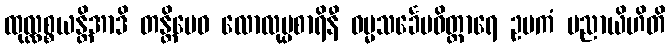
ထုလ္လစ္စယန္တိအာဒိ တန္တိမေဝ လောလုပ္ပစာရိနီ ဓမ္မသင်္ခေပဝိတ္ထာရေ ဥပကံ ပညာယိဟိတိ